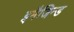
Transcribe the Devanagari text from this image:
इमैजिन्ड